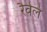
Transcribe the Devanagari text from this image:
रैवेले